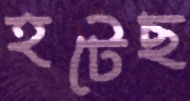
হটেছ